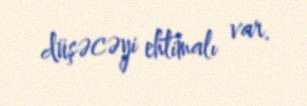
düşəcəyi ehtimalı var.